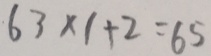
6 3 \times 1 + 2 = 6 5